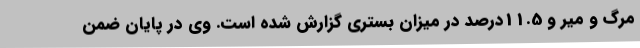
مرگ و میر و 11.5درصد در میزان بستری گزارش شده است. وی در پایان ضمن